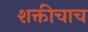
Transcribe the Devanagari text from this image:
शक्तीचाच